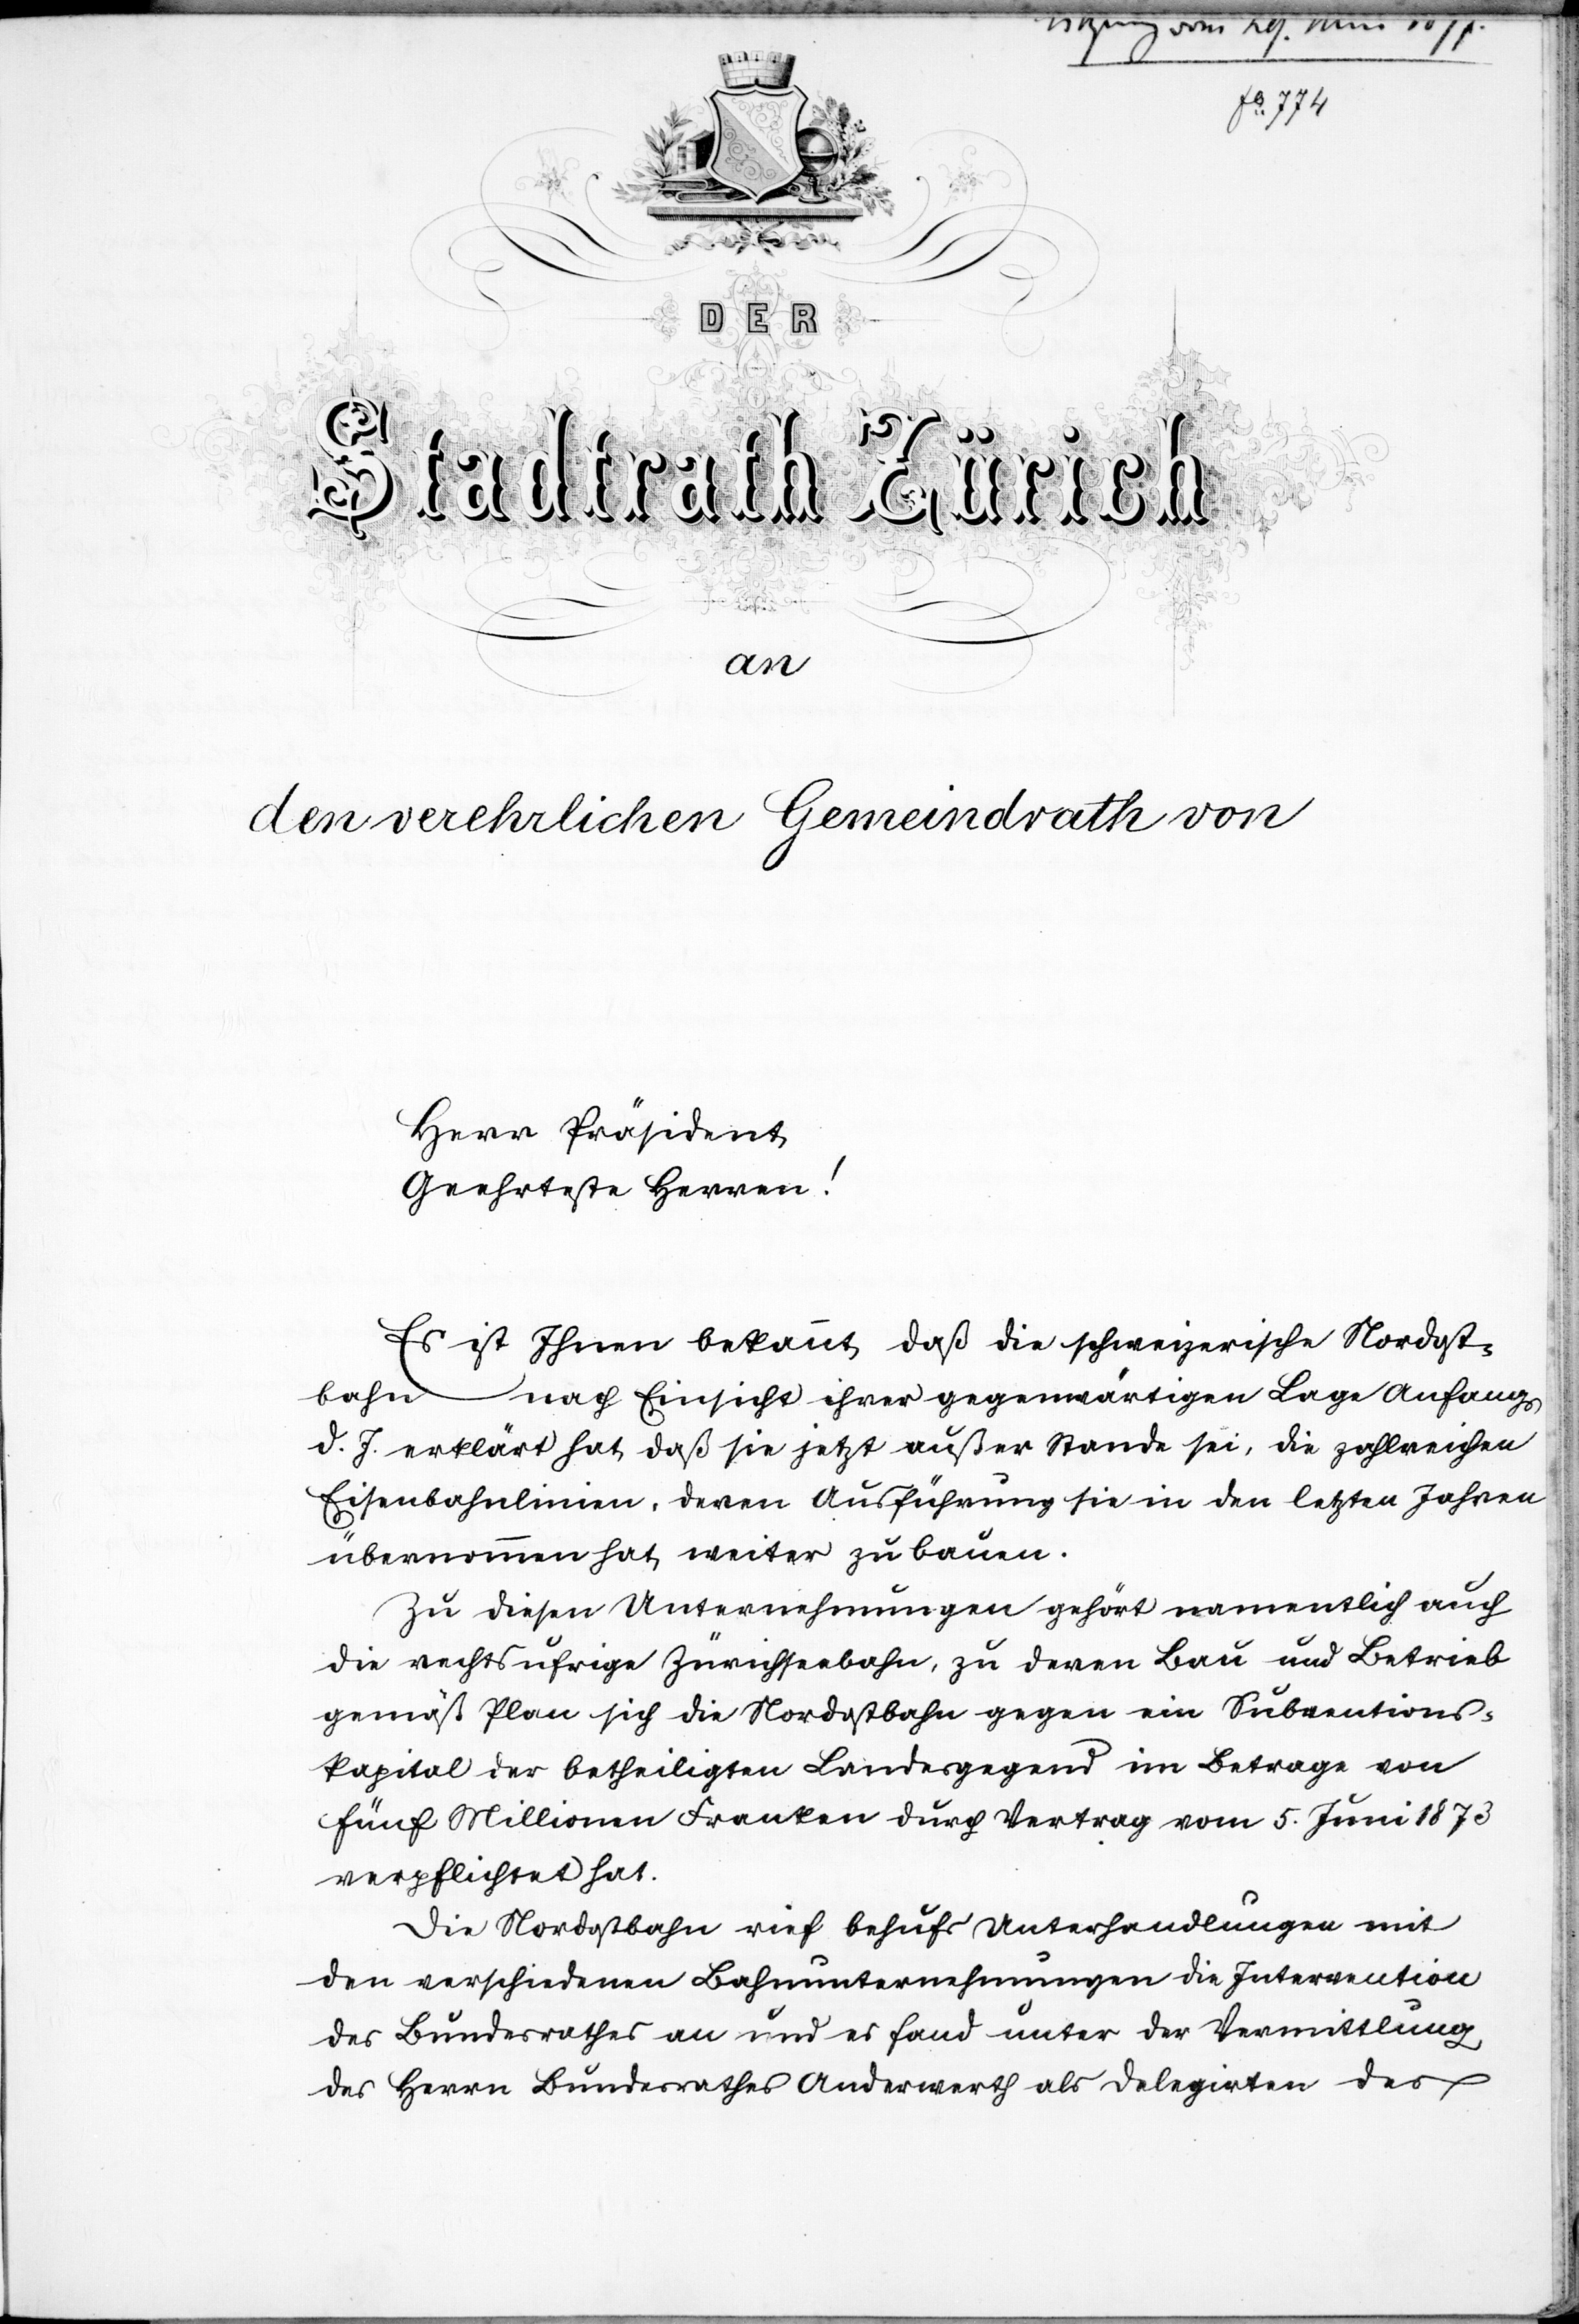
atorium für den
mit
1876.
25.
Bau
mt
der rechts-